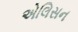
એલિસન